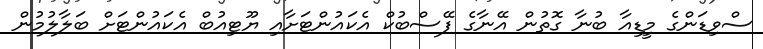
ސްވިޑަންގެ މީޑިއާ ބުނާ ގޮތުން އޭނާގެ ފޭސްބުކް އެކައުންޓަށާއި ޔޫޓިއުބް އެކައުންޓަށް ބަލާލުމުން